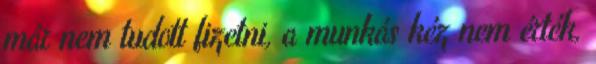
már nem tudott fizetni, a munkás kéz nem érték,